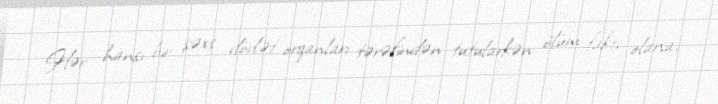
Hər hansı bir şəxs dövlət orqanları tərəfindən tutularkən ölüm faktı olarsa,